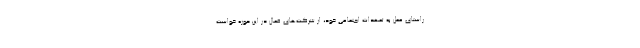
راستای عمل به تعهدات اجتماعی خود، از شرکت‌های فعال در این حوزه خواست